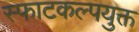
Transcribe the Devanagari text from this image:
स्फाटकल्पयुक्त